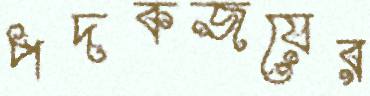
পদকজয়ের